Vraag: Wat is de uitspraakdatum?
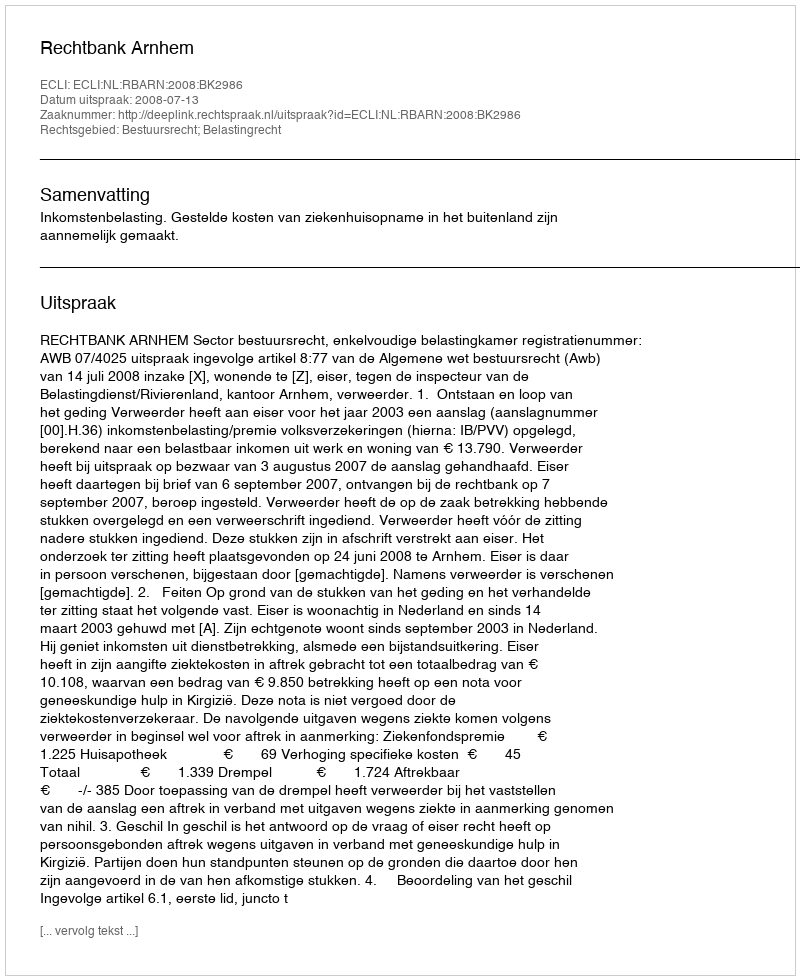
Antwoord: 2008-07-13